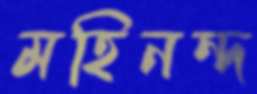
মহিনন্দ